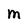
Character: M